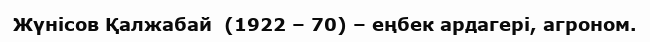
Жүнісов Қалжабай  (1922 – 70) – еңбек ардагері, агроном.